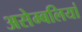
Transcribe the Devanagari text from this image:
असेम्बलियां